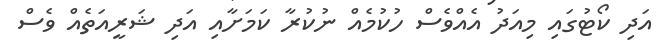
އަދި ކޯޓުގައި މިއަދު އެއްވެސް ހުކުމެއް ނުކުރާ ކަމަށާއި އަދި ޝަރީއަތެއް ވެސް